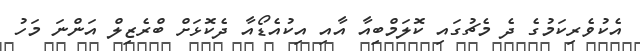
އެކުވެރިކަމުގެ ދެ މެޗުގައި ކޮލަމްބިއާ އާއި އިކުއެޑޯއާ ދެކޮޅަށް ބްރެޒިލް އަންނަ މަހު